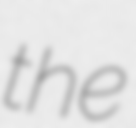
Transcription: the